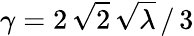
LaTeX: \gamma=2\, \sqrt{2}\, \sqrt{\lambda}\, /\, 3